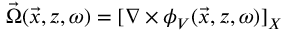
\vec { \Omega } ( \vec { x } , z , \omega ) = [ \nabla \times \phi _ { V } ( \vec { x } , z , \omega ) ] _ { X }